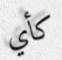
كأي